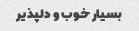
بسیار خوب و دلپذیر